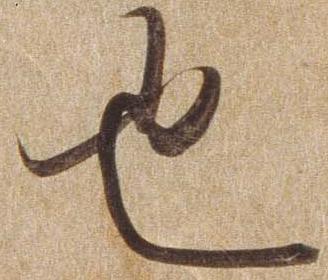
也